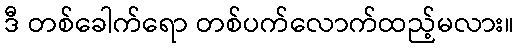
ဒီ တစ်ခေါက်ရော တစ်ပက်လောက်ထည့်မလား။